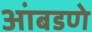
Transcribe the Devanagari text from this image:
आंबडणे